Report of the Indian Hemp Drugs Commission, 1894-1895 - Volume IV
Year: 1894
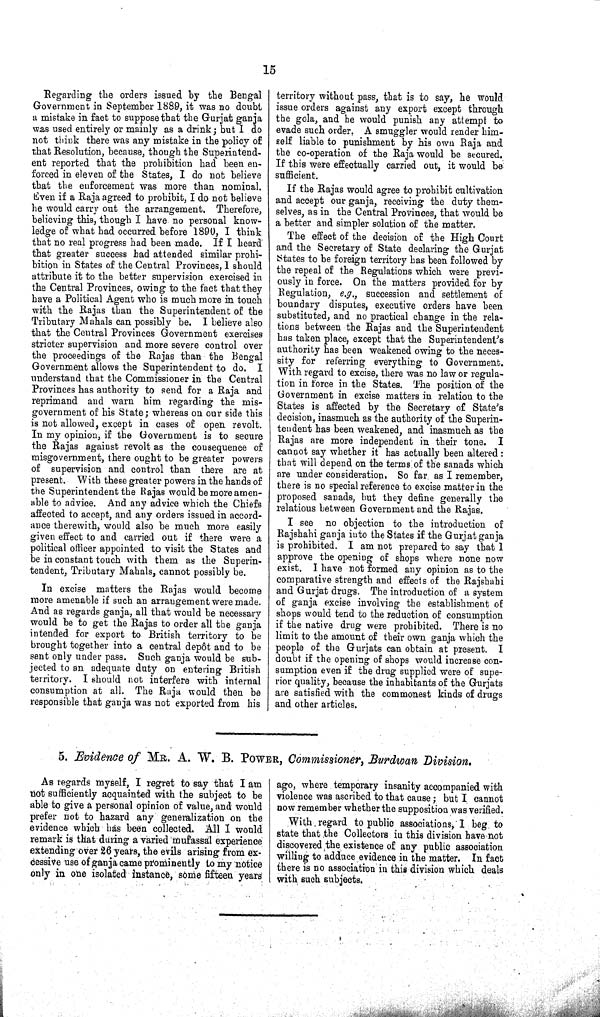
15
Regarding the orders issued by the Bengal
Government in September 1889, it was no doubt
a mistake in fact to suppose that the Gurjat ganja
was used entirely or mainly as a drink; but I do
not think there was any mistake in the policy of
that Resolution, because, though the Superintend-
ent reported that the prohibition had been en-
forced in eleven of the States, I do not believe
that the enforcement was more than nominal.
Even if a Raja agreed to prohibit, I do not believe
he would carry out the arrangement. Therefore,
believing this, though I have no personal know-
ledge of what had occurred before 1890, I think
that no real progress had been made. If I heard
that greater success had attended similar prohi-
bition in States of the Central Provinces, I should
attribute it to the better supervision exercised in
the Central Provinces, owing to the fact that they
have a Political Agent who is much more in touch
with the Rajas than the Superintendent of the
Tributary Mahals can possibly be. I believe also
that the Central Provinces Government exercises
stricter supervision and more severe control over
the proceedings of the Rajas than the Bengal
Government allows the Superintendent to do. I
understand that the Commissioner in the Central
Provinces has authority to send for a Raja and
reprimand and warn him regarding the mis-
government of his State; whereas on our side this
is not allowed, except in cases of open revolt.
In my opinion, if the Government is to secure
the Rajas against revolt as the consequence of
misgovernment, there ought to be greater powers
of supervision and control than there are at
present. With these greater powers in the hands of
the Superintendent the Rajas would be more amen-
able to advice. And any advice which the Chiefs
affected to accept, and any orders issued in accord-
ance therewith, would also be much more easily
given effect to and carried out if there were a
political officer appointed to visit the States and
be in constant touch with them as the Superin-
tendent, Tributary Mahals, cannot possibly be.
In excise matters the Rajas would become
more amenable if such an arrangement were made.
And as regards ganja, all that would be necessary
would be to get the Rajas to order all the ganja
intended for export to British territory to be
brought together into a central depôt and to be
sent only under pass. Such ganja would be sub-
jected to an adequate duty on entering British
territory. I should not interfere with internal
consumption at all. The Raja would then be
responsible that ganja was not exported from his
territory without pass, that is to say, he would
issue orders against any export except through
the gola, and he would punish any attempt to
evade such order. A smuggler would render him-
self liable to punishment by his own Raja and
the co-operation of the Raja would be secured.
If this were effectually carried out, it would be
sufficient.
If the Rajas would agree to prohibit cultivation
and accept our ganja, receiving the duty them-
selves, as in the Central Provinces, that would be
a better and simpler solution of the matter.
The effect of the decision of the High Court
and the Secretary of State declaring the Gurjat
States to be foreign territory has been followed by
the repeal of the Regulations which were previ-
ously in force. On the matters provided for by
Regulation, e.g., succession and settlement of
boundary disputes, executive orders have been
substituted, and no practical change in the rela-
tions between the Rajas and the Superintendent
has taken place, except that the Superintendent's
authority has been weakened owing to the neces-
sity for referring everything to Government.
With regard to excise, there was no law or regula-
tion in force in the States. The position of the
Government in excise matters in relation to the
States is affected by the Secretary of State's
decision, inasmuch as the authority of the Superin-
tendent has been weakened, and inasmuch as the
Rajas are more independent in their tone. I
cannot say whether it has actually been altered:
that will depend on the terms of the sanads which
are under consideration. So far as I remember,
there is no special reference to excise matter in the
proposed sanads, but they define generally the
relatious between Government and the Rajas.
I see no objection to the introduction of
Rajshahi ganja into the States if the Gurjat ganja
is prohibited. I am not prepared to say that 1
approve the opening of shops where none now
exist. I have not formed any opinion as to the
comparative strength and effects of the Rajshahi
and Gurjat drugs. The introduction of a system
of ganja excise involving the establishment of
shops would tend to the reduction of consumption
if the native drug were prohibited. There is no
limit to the amount of their own ganja which the
people of the Gurjats can obtain at present. I
doubt if the opening of shops would increase con-
sumption even if the drug supplied were of supe-
rior quality, because the inhabitants of the Gurjats
are satisfied with the commonest kinds of drugs
and other articles.
5. Evidence of MR. A. W. B. POWER, Commissioner, Burdwan Division.
As regards myself, I regret to say that I am
not sufficiently acquainted with the subject to be
able to give a personal opinion of value, and would
prefer not to hazard any generalization on the
evidence which has been collected. All I would
remark is that during a varied mufassal experience
extending over 26 years, the evils arising from ex-
cessive use of ganja came prominently to my notice
only in one isolated instance, some fifteen years
ago, where temporary insanity accompanied with
violence was ascribed to that cause; but I cannot
now remember whether the supposition was verified.
With regard to public associations, I beg to
state that the Collectors in this division have not
discovered the existence of any public association
willing to adduce evidence in the matter. In fact
there is no association in this division which deals
with such subjects.